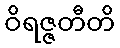
ဝိရဇ္ဇတီတိ